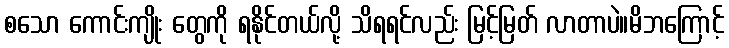
စသော ကောင်းကျိုး တွေကို ရနိုင်တယ်လို့ သိရရင်လည်း မြင့်မြတ် လာတာပဲ။မိဘကြောင့်